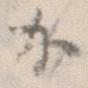
か